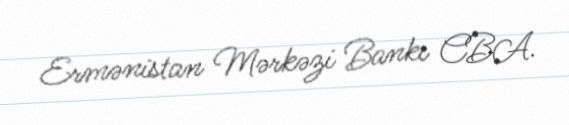
Ermənistan Mərkəzi Bankı CBA.